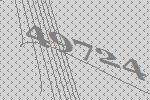
49724